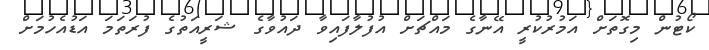
ކޯޓުން މިގޮތަށް އަމުރުކުރީ އޭނާގެ މައްޗަށް އުފުލާފައިވާ ދައުވާގެ ޝަރީއަތުގެ ފުރަތަމަ އަޑުއެހުމަށް